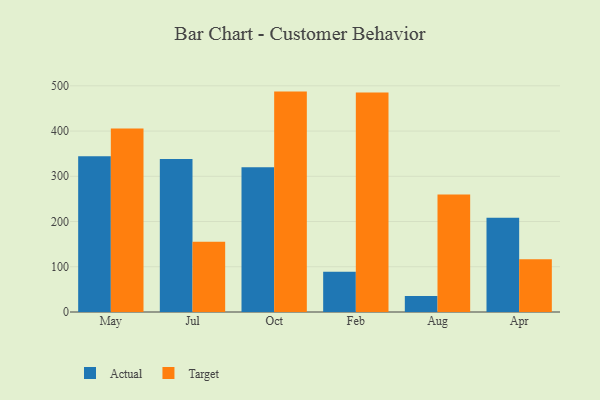
{"axis": {"x": "Month", "y": "LTV (USD)"}, "legend": ["Actual", "Target"], "data": [{"x": "May", "y": 344.2, "type": "Actual"}, {"x": "May", "y": 405.6, "type": "Target"}, {"x": "Jul", "y": 338.3, "type": "Actual"}, {"x": "Jul", "y": 155.5, "type": "Target"}, {"x": "Oct", "y": 320.0, "type": "Actual"}, {"x": "Oct", "y": 487.2, "type": "Target"}, {"x": "Feb", "y": 89.2, "type": "Actual"}, {"x": "Feb", "y": 485.1, "type": "Target"}, {"x": "Aug", "y": 35.1, "type": "Actual"}, {"x": "Aug", "y": 259.9, "type": "Target"}, {"x": "Apr", "y": 208.1, "type": "Actual"}, {"x": "Apr", "y": 116.7, "type": "Target"}]}